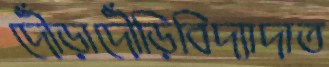
দৌঁড়াদৌঁড়িবিদ্যাদাত